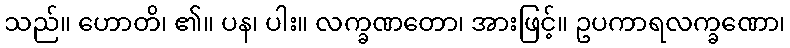
သည်။ ဟောတိ၊ ၏။ ပန၊ ပါး။ လက္ခဏတော၊ အားဖြင့်။ ဥပကာရလက္ခဏော၊